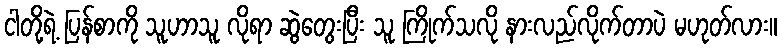
ငါတို့ရဲ့ ပြန်စာကို သူဟာသူ လိုရာ ဆွဲတွေးပြီး သူ ကြိုက်သလို နားလည်လိုက်တာပဲ မဟုတ်လား။